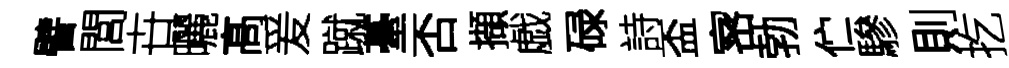
譬閭卋曬髙爰蹴䑓否擷戯碌詩盃宻勃伫驂則扢